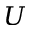
\boldsymbol { U }